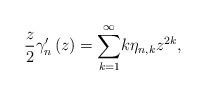
LaTeX: \begin{align*}\frac{z}{2}\gamma_{n}^{\prime}\left( z\right) ={\displaystyle\sum\limits_{k=1}^{\infty}}k\eta_{n,k}z^{2k}, \end{align*}